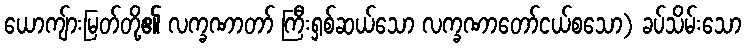
ယောကျ်ားမြတ်တို့၏ လက္ခဏာတာ် ကြီးရှစ်ဆယ်သော လက္ခဏာတော်ငယ်စသော) ခပ်သိမ်းသော